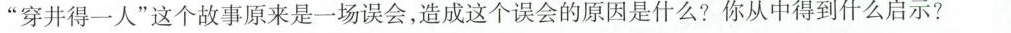
”穿井得一人”这个故事原来是一场误会，造成这个误会的原因是什么？你从中得到什么启示？